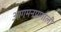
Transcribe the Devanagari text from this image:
आगमनप्रणाली